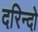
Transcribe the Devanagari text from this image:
दरिन्‍दो